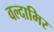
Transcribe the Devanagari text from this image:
वल्दामिर